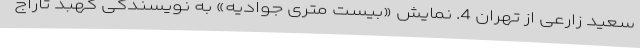
سعید زارعی از تهران 4. نمایش «بیست متری جوادیه» به نویسندگی کهبد تاراج